Reports on military cantonments and civil stations in the Presidency of Bombay inspected by the Sanitary Commissioner in the years 1875 and 1876
Year: 1875
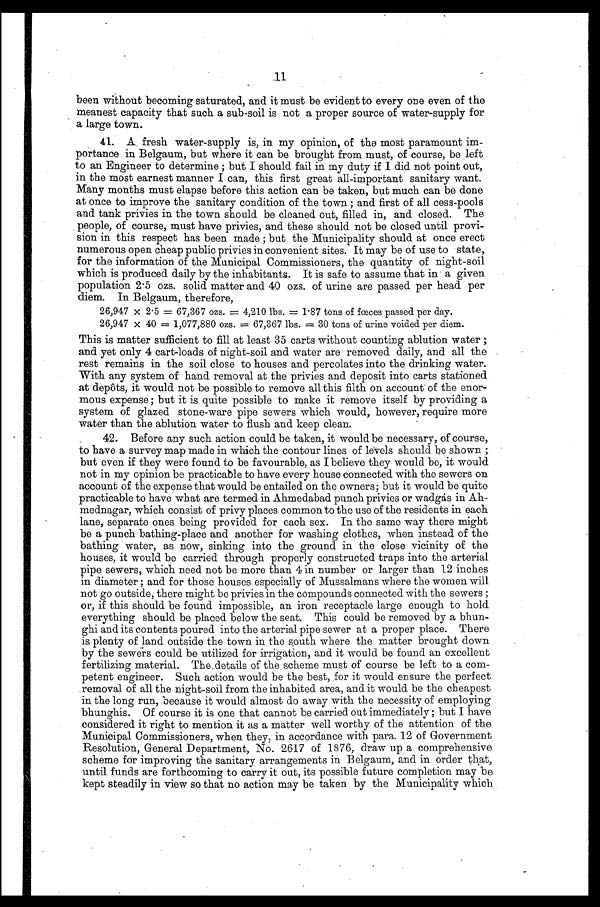
11
been without becoming saturated, and it must be evident to every one even of the
meanest capacity that such a sub-soil is not a proper source of water-supply for
a large town.
41. A fresh water-supply is, in my opinion, of the most paramount im--
portance in Belgaum, but where it can be brought from must, of course, be left
to an Engineer to determine ; but I should fail in my duty if I did not point out,
in the most earnest manner I can, this first great all-important sanitary want.
Many months must elapse before this action can be taken, but much can be done
at once to improve the sanitary condition of the town ; and first of all cess-pools
and tank privies in the town should be cleaned out, filled in, and closed. The
people, of course, must have privies, and these should not be closed until provi--
sion in this respect has been made ; but the Municipality should at once erect
numerous open cheap public privies in convenient sites. It may be of use to state,
for the information of the Municipal Commissioners, the quantity of night-soil
which is produced daily by the inhabitants. It is safe to assume that in a given
population 2.5 ozs. solid matter and 40 ozs. of urine are passed per head per
diem. In Belgaum, therefore,
26,947 x 2.5 = 67,367 ozs. = 4,210 lbs. = 1.87 tons of fœces passed per day.
26,947 x 40 = 1,077,880 ozs. = 67,367 lbs. = 30 tons of urine voided per diem.
This is matter sufficient to fill at least 35 carts without counting ablution water ;
and yet only 4 cart-loads of night-soil and water are removed daily, and all the
rest remains in the soil close to houses and percolates into the drinking water.
With any system of hand removal at the privies and deposit into carts stationed
at depôts, it would not be possible to remove all this filth on account of the enor--
mous expense ; but it is quite possible to make it remove itself by providing a
system of glazed stone-ware pipe sewers which would, however, require more
water than the ablution water to flush and keep clean.
42. Before any such action could be taken, it would be necessary, of course,
to have a survey map made in which the contour lines of levels should be shown ;
but even if they were found to be favourable, as I believe they would be, it would
not in my opinion be practicable to have every house connected with the sewers on
account of the expense that would be entailed on the owners; but it would be quite
practicable to have what are termed in Ahmedabad punch privies or wadgás in Ah--
mednagar, which consist of privy places common to the use of the residents in each
lane, separate ones being provided for each sex. In the same way there might
be a punch bathing-place and another for washing clothes, when instead of the
bathing water, as now, sinking into the ground in the close vicinity of the
houses, it would be carried through properly constructed traps into the arterial
pipe sewers, which need not be more than 4 in number or larger than 12 inches
in diameter ; and for those houses especially of Mussalmans where the women will
not go outside, there might be privies in the compounds connected with the sewers ;
or, if this should be found impossible, an iron receptacle large enough to hold
everything should be placed below the seat. This could be removed by a bhun--
ghi and its contents poured into the arterial pipe sewer at a proper place. There
is plenty of land outside the town in the south where the matter brought down
by the sewers could be utilized for irrigation, and it would be found an excellent
fertilizing material. The details of the scheme must of course be left to a com--
petent engineer. Such action would be the best, for it would ensure the perfect
removal of all the night-soil from the inhabited area, and it would be the cheapest
in the long run, because it would almost do away with the necessity of employing
bhunghis. Of course it is one that cannot be carried out immediately ; but I have
considered it right to mention it as a matter well worthy of the attention of the
Municipal Commissioners, when they, in accordance with para. 12 of Government
Resolution, General Department, No. 2617 of 1876, draw up a comprehensive
scheme for improving the sanitary arrangements in Belgaum, and in order that,
until funds are forthcoming to carry it out, its possible future completion may be
kept steadily in view so that no action may be taken by the Municipality which